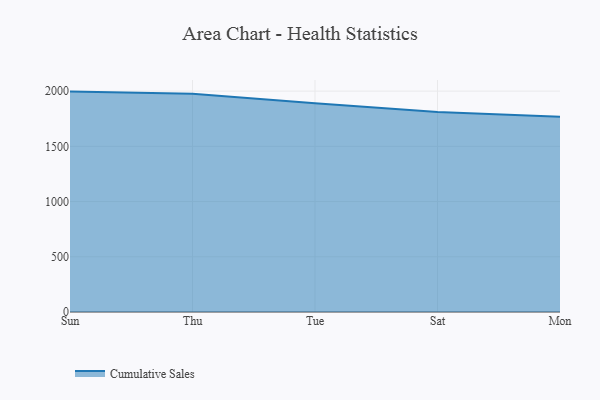
{"axis": {"x": "Day", "y": "Budget (USD K)"}, "legend": ["Cumulative Sales"], "data": [{"x": "Sun", "y": 1995.6, "type": "Cumulative Sales"}, {"x": "Thu", "y": 1976.4, "type": "Cumulative Sales"}, {"x": "Tue", "y": 1890.7, "type": "Cumulative Sales"}, {"x": "Sat", "y": 1810.3, "type": "Cumulative Sales"}, {"x": "Mon", "y": 1767.6, "type": "Cumulative Sales"}]}